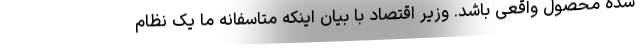
شده محصول واقعی باشد. وزیر اقتصاد با بیان اینکه متاسفانه ما یک نظام